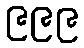
၉၉၉